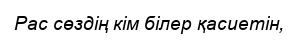
Рас сөздің кім білер қасиетін,